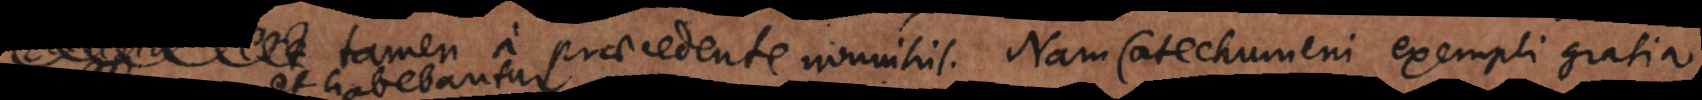
tamen a praecedente nonnihil. Nam Catechumeni exempli gratia